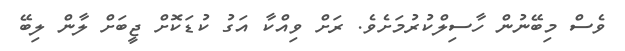
ވެސް މިބޭނުން ހާސިލްކުރުމަށެވެ. ރަށް ވިއްކާ އަގު ކުޑަކޮށް ޖީބަށް ލާން ލިިބޭ